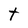
Character: t